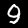
Digit: 9